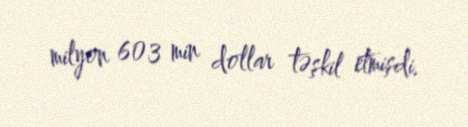
milyon 603 min dollar təşkil etmişdi.